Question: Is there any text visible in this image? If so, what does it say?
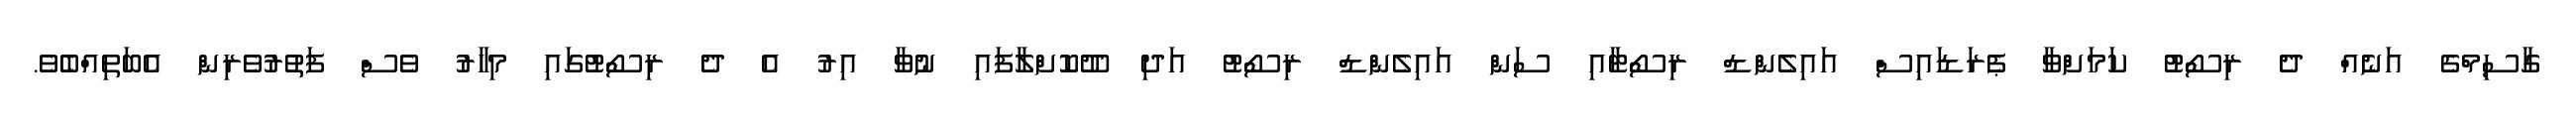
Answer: ގާސިމްގެ އަނެއް ދެ ރިސޯޓު ކަމަށްވާ ޕެރަޑައިސް އައިލެންޑް ރިސޯޓާއި ސަން އައިލެންޑް ރިސޯޓު އަދި ދޫކޮށްލާފައި ނުވާ އިރު އެ ދެ ރިސޯޓުގައި މިހާރު ވެސް ފަތުރުވެރިން އެބަތިއްބެވެ.